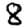
Digit: 8